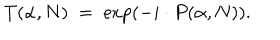
T ( \alpha , N ) \; = \; \exp \left( - i \cdot P ( \alpha , N ) \right) .